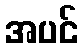
အပင်